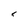
Character: 5